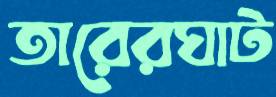
তারেরঘাট